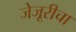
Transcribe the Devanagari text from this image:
जेजूरीचा